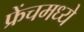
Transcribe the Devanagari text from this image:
फ्रेंचमध्ये